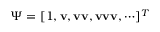
\Psi = [ 1 , \mathbf { v } , \mathbf { v } \mathbf { v } , \mathbf { v } \mathbf { v } \mathbf { v } , \cdots ] ^ { T }